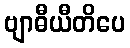
ဗျာဓီယီတိပေ